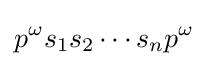
p^{\omega }s_{1}s_{2}\cdots s_{n}p^{\omega }